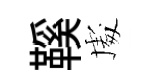
鞵䖏